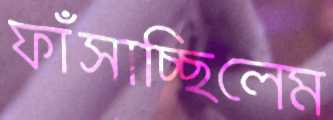
ফাঁসাচ্ছিলেম